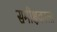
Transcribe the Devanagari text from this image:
समीक्षकाला